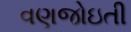
વણજોઇતી